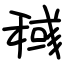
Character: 稶